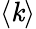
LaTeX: \left\langle\mathit{k}\right\rangle